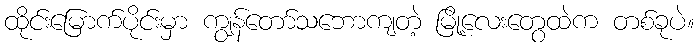
ထိုင်းမြောက်ပိုင်းမှာ ကျွန်တော်သဘောကျတဲ့ မြို့လေးတွေထဲက တစ်ခုပဲ။